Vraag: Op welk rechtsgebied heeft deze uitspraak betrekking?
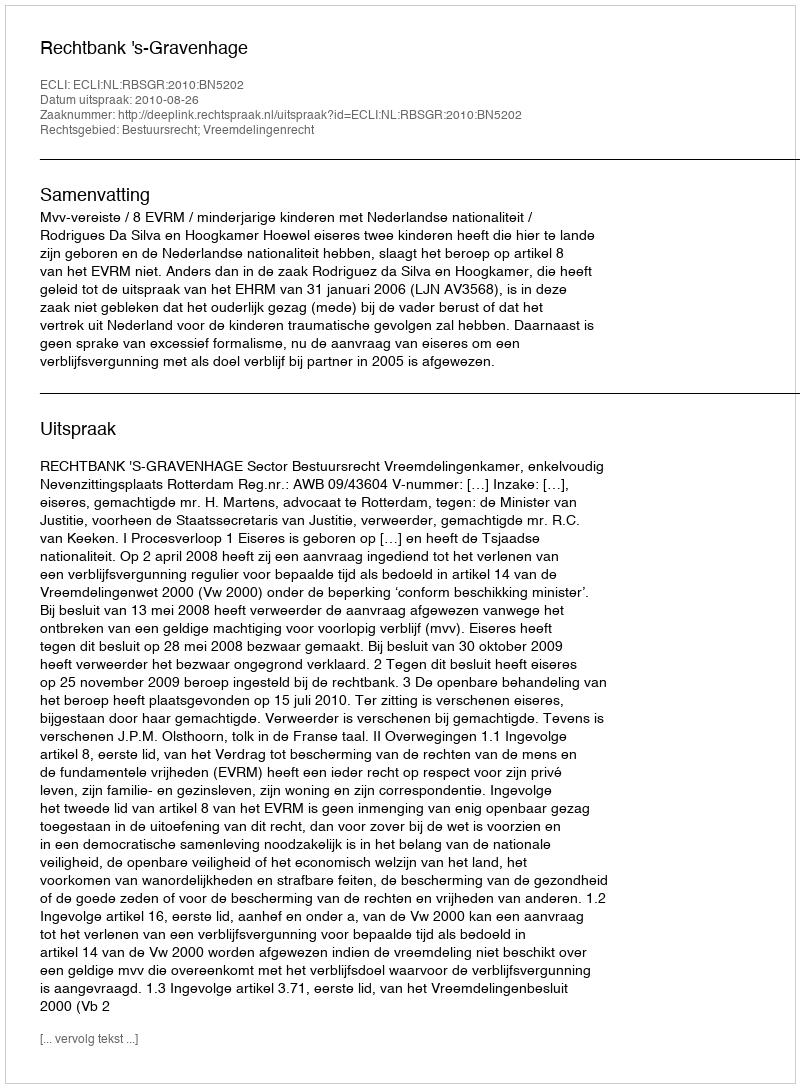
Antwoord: Bestuursrecht; Vreemdelingenrecht